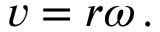
v = r \omega \, .